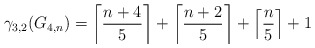
\begin{align*} \gamma_{3,2}(G_{4,n}) = \left\lceil \frac{n+4}{5}\right\rceil + \left\lceil \frac{n+2}{5}\right\rceil + \left\lceil \frac{n}{5}\right\rceil +1 \end{align*}